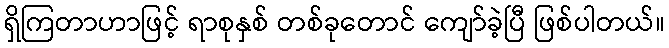
ရှိကြတာဟာဖြင့် ရာစုနှစ် တစ်ခုတောင် ကျော်ခဲ့ပြီ ဖြစ်ပါတယ်။